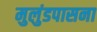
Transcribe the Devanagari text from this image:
मुलुंडपासना